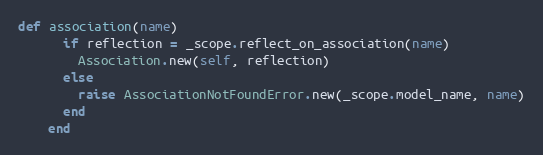
Language: Ruby
def association(name)
      if reflection = _scope.reflect_on_association(name)
        Association.new(self, reflection)
      else
        raise AssociationNotFoundError.new(_scope.model_name, name)
      end
    end